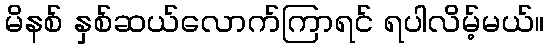
မိနစ် နှစ်ဆယ်လောက်ကြာရင် ရပါလိမ့်မယ်။